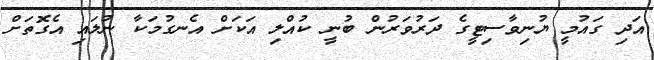
އަދި ގައުމީ ޔުނިވާސިޓީގެ ދަރުވަރުން ބުނީ ކުއްލި އަކަށް އެނގުމަކާ ނުލައި އެގޮތަށް